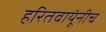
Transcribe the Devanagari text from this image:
हरितवायूंनीच